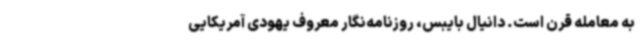
به معامله قرن است. دانیال بایبس، روزنامه‌نگار معروف یهودی آمریکایی